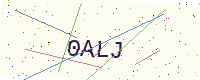
Text: 0ALJ